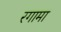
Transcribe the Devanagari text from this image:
रगामा